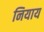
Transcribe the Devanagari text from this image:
नियाय